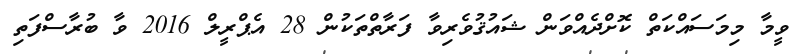
ވީމާ މިމަސައްކަތް ކޮށްދެއްވަން ޝައުޤުވެރިވާ ފަރާތްތަކުން 28 އެޕްރީލް 2016 ވާ ބުރާސްފަތި